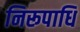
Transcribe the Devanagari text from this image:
निरूपाधि